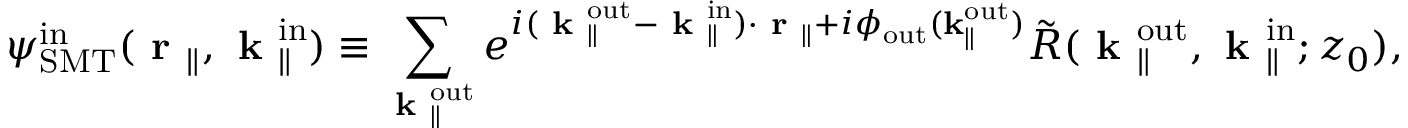
{ \psi } _ { \mathrm { S M T } } ^ { \mathrm { i n } } ( \textbf { r } _ { \parallel } , \textbf { k } _ { \parallel } ^ { \mathrm { i n } } ) \equiv \sum _ { \textbf { k } _ { \parallel } ^ { \mathrm { o u t } } } e ^ { i ( \textbf { k } _ { \parallel } ^ { \mathrm { o u t } } - \textbf { k } _ { \parallel } ^ { \mathrm { i n } } ) \cdot \textbf { r } _ { \parallel } + i \phi _ { \mathrm { o u t } } ( \bf k _ { \parallel } ^ { \mathrm { o u t } } ) } \Tilde { R } ( \textbf { k } _ { \parallel } ^ { \mathrm { o u t } } , \textbf { k } _ { \parallel } ^ { \mathrm { i n } } ; z _ { 0 } ) ,